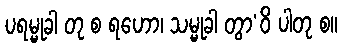
ပရမ္မုခါ တု စ ရဟော၊ သမ္မုခါ တွာ’ဝိ ပါတု စ။